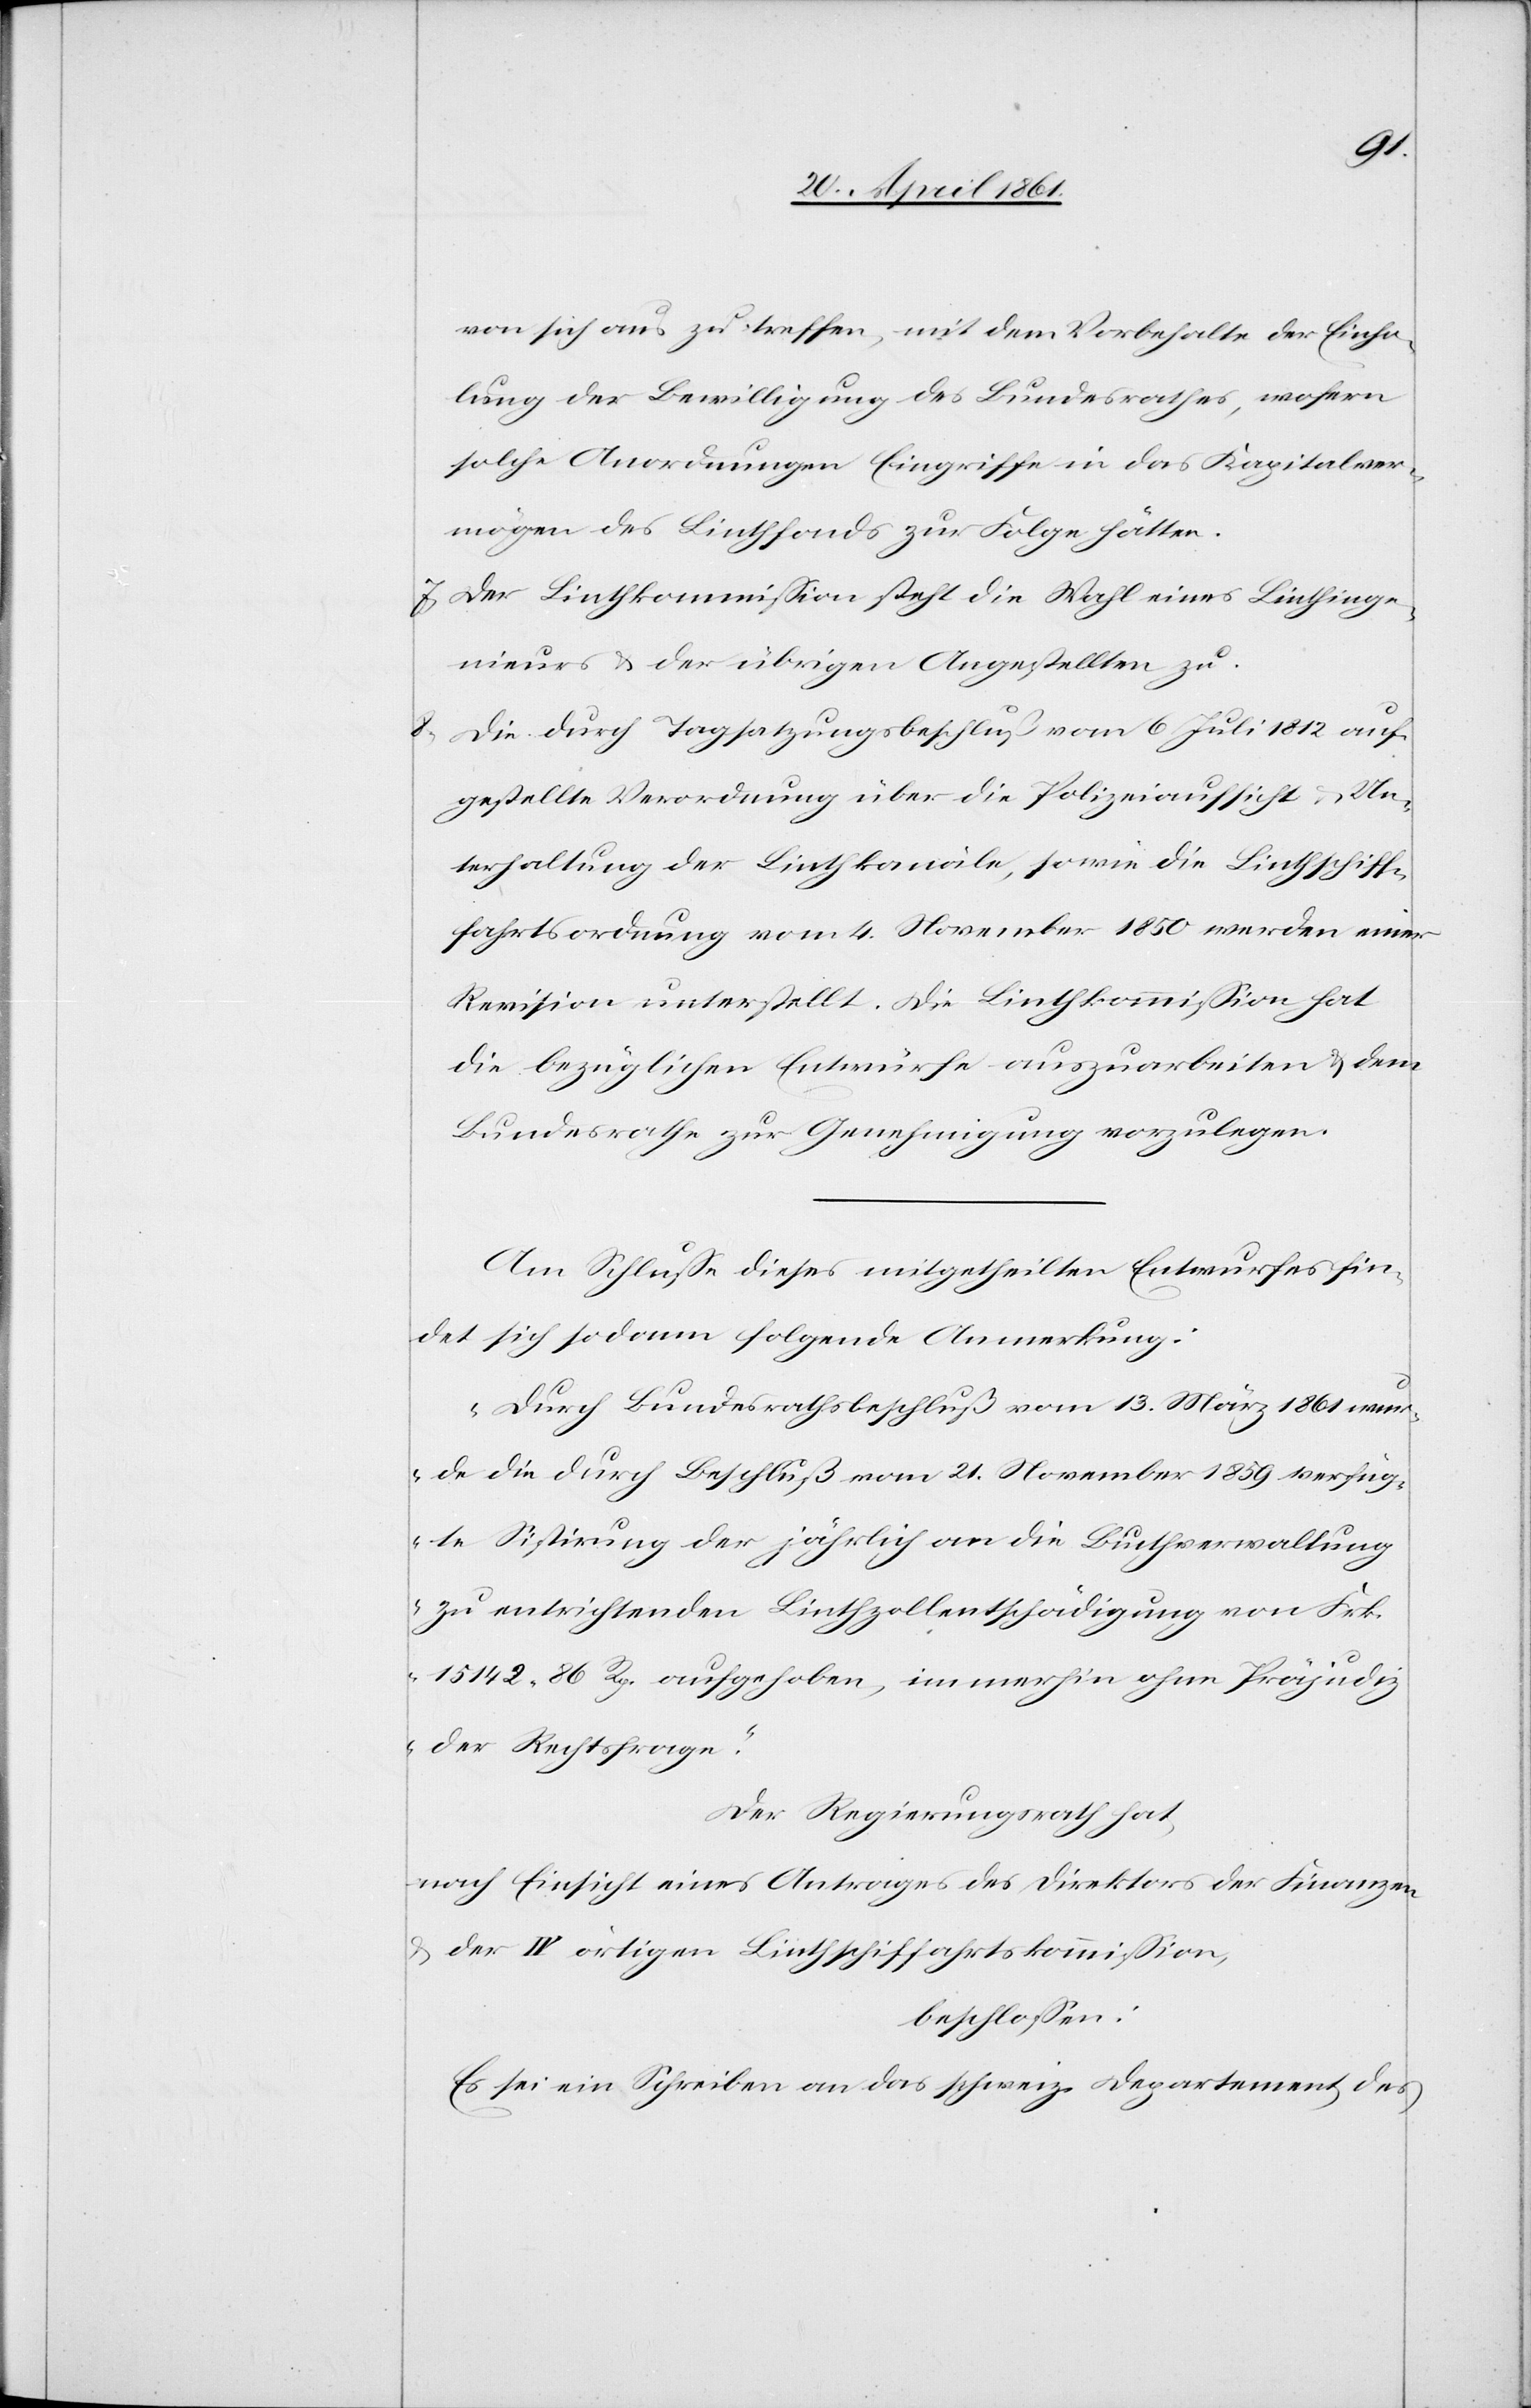
von sich aus zu treffen, mit dem Vorbehalte der Einho¬
lung der Bewilligung des Bundesrathes, wofern
solche Anordnungen Eingriffe in das Kapitalver¬
mögen des Linthfonds zur Folge hätten.
7. Der Linthkommission steht die Wahl eines Linthinge¬
nieurs u. der übrigen Angestellten zu.
8. Die durch Tagsatzungsbeschluß vom 6. Juli 1812 auf¬
gestellte Verordnung über die Polizeiaufsicht u. Un¬
terhaltung der Linthkanäle, sowie die Linthschiff¬
ahrtsordnung vom 4. November 1850 werden einer
Revision unterstellt. Die Linthkommission hat
die bezüglichen Entwürfe auszuarbeiten u. dem
Bundesrahe zur Genehmigung vorzulegen.
Am Schlusse dieses mitgetheilten Entwurfes fin¬
det sich sodann folgende Anmerkung:
„Durch Bundesrathsbeschluß vom 13. März 1861 wur¬
de die durch Beschluß vom 21. November 1859 verfüg¬
te Sistirung der jährlich an die Linthverwaltung
zu entrichtenden Linthzollentschädigung von Frk.
15 142 86 Rp. aufgehoben, immerhin ohne Präjudiz
der Rechtsfrage.“
Der Regierungsrath hat,
nach Einsicht eines Antrages der Direktion der Finanzen
u. der IV örtigen Linthschiffahrtskommission,
beschlossen:
Es sei ein Schreiben an das schweiz. Departement des